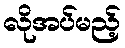
လိုအပ်မည့်